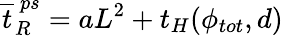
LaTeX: \overline{{t}}_{R}^{\ ps}=aL^{2}+t_{H}(\phi_{tot},d)